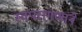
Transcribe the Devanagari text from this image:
स्वपरागणाने